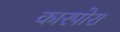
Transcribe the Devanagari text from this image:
कारपोरा